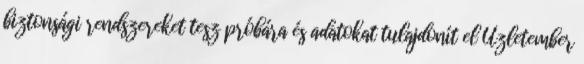
biztonsági rendszereket tesz próbára és adatokat tulajdonít el Üzletember